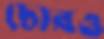
চোরও